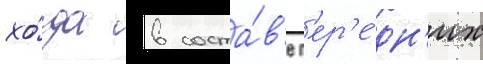
хо́да в соста́в'е п'ер'е́дн'их